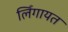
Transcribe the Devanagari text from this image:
लिँगायत